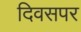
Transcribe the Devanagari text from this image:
दिवसपर